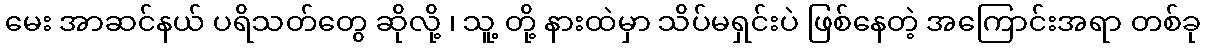
မေး အာဆင်နယ် ပရိသတ်တွေ ဆိုလို့ ၊ သူ့ တို့ နားထဲမှာ သိပ်မရှင်းပဲ ဖြစ်နေတဲ့ အကြောင်းအရာ တစ်ခု